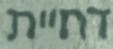
דחיית